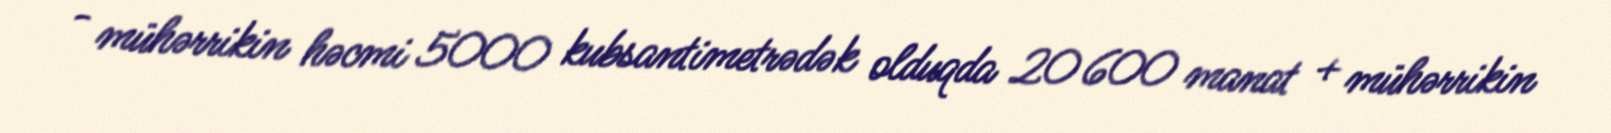
- mühərrikin həcmi 5000 kubsantimetrədək olduqda 20 600 manat + mühərrikin